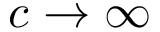
c \rightarrow \infty